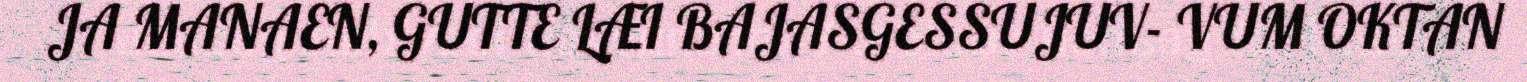
JA MANAEN, GUTTE LÆI BAJASGESSUJUV- VUM OKTAN